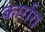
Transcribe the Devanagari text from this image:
कार्रारा